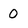
Character: 0